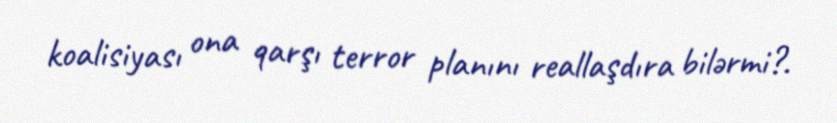
koalisiyası ona qarşı terror planını reallaşdıra bilərmi?.